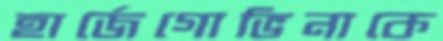
হার্জেগোভিনাকে